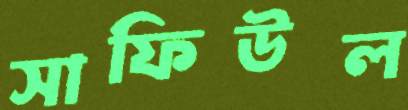
সাফিউল